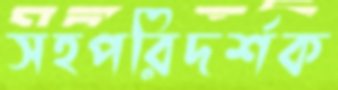
সহপরিদর্শক